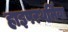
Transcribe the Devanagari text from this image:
हाइपरथर्मिया